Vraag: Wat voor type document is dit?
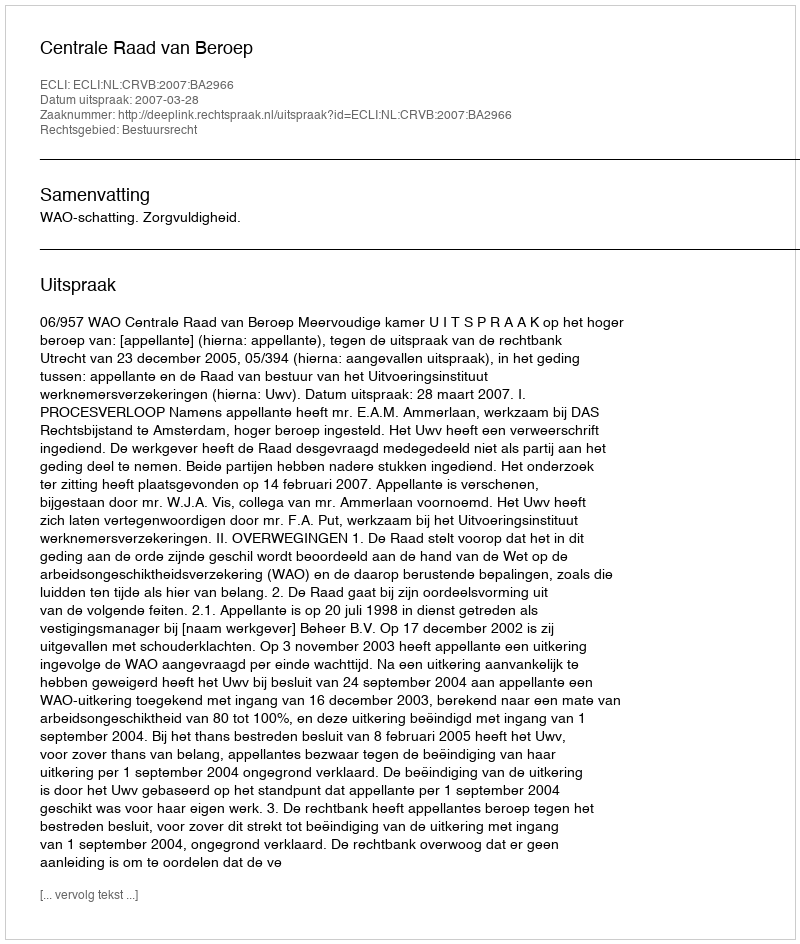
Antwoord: Uitspraak